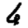
Digit: 6